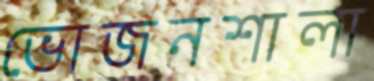
ভোজনশালা